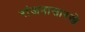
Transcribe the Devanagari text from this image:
रांजनासारखे